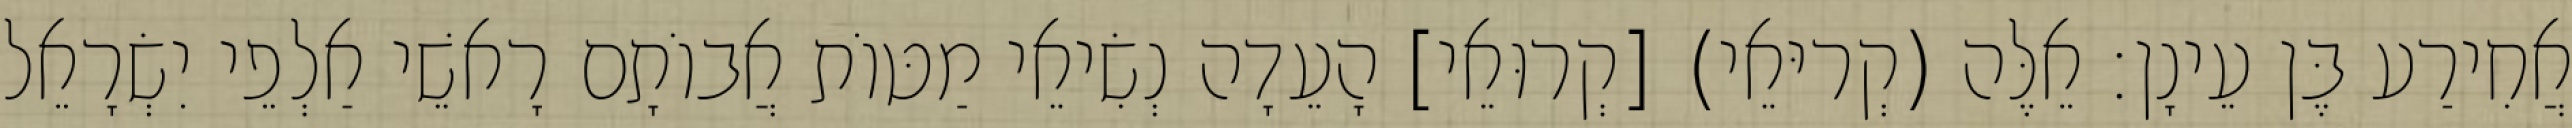
אֲחִירַע בֶּן עֵינָן׃ אֵלֶּה (קְריּאֵי) [קְרוּאֵי] הָעֵדָה נְשִׂיאֵי מַטּוֹת אֲבוֹתָם רָאשֵׁי אַלְפֵי יִשְׂרָאֵל